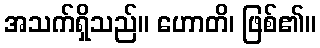
အသက်ရှိသည်။ ဟောတိ၊ ဖြစ်၏။